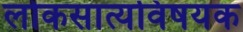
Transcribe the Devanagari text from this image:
लोकसात्यविषयक